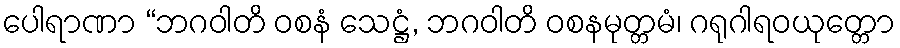
ပေါရာဏာ “ဘဂဝါတိ ဝစနံ သေဋ္ဌံ, ဘဂဝါတိ ဝစနမုတ္တမံ၊ ဂရုဂါရဝယုတ္တော